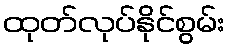
ထုတ်လုပ်နိုင်စွမ်း